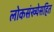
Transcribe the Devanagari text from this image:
लोकसंख्येसहित